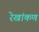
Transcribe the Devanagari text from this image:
रेखांकण